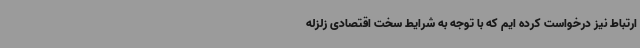
ارتباط نیز درخواست کرده ایم که با توجه به شرایط سخت اقتصادی زلزله